Vaccination in Bombay 1924-1928 - 1924-1928
Year: 1924
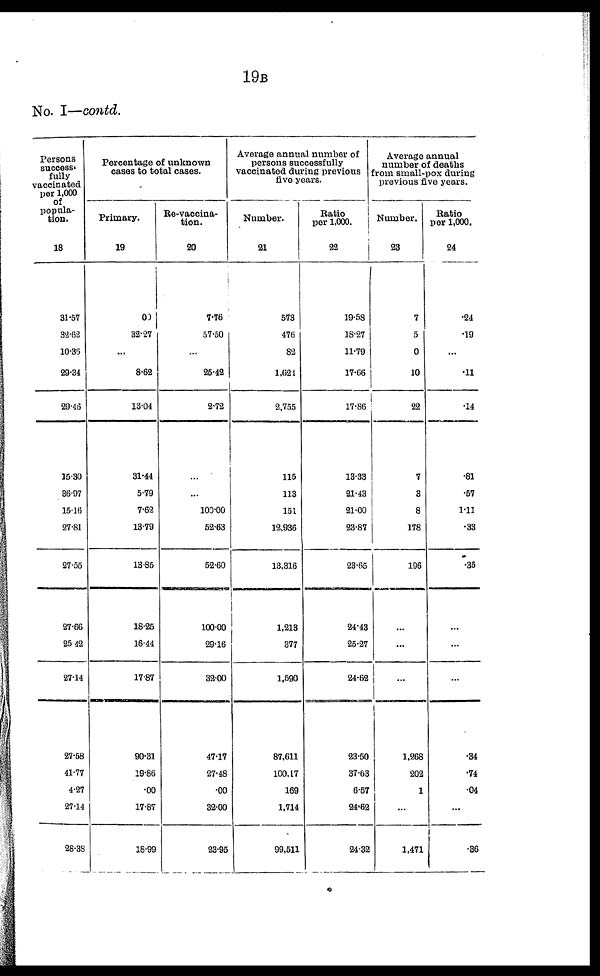
19B
No. I—contd.
Persons
success-
fully
vaccinated
per 1,000
of
popula-
tion.
18
31.57
32.62
10.36
29.34
29.46
15.30
36.97
15.16
27.81
27.55
27.66
25.42
27.14
27.58
41.77
4.27
27.14
28.38
Percentage of unknown
cases to total cases.
Primary.
19
00
32.27
...
8.62
13.04
31.44
5.79
7.62
13.79
13.85
18.25
16.44
17.87
90.31
19.86
.00
17.87
18.99
Re-vaccina-
tion.
20
7.76
57.50
...
25.42
2.72
...
...
100.00
52.63
52.60
100.00
29.16
32.00
47.17
27.48
.00
32.00
23.95
Average annual number of
persons successfully
vaccinated during previous
five years.
Number.
21
573
476
82
1,624
2,755
115
113
151
12,936
13,316
1,213
377
1,590
87,611
100,17
169
1,714
99,511
Ratio
per 1,000.
22
19.58
18.27
11.79
17.66
17.86
13.33
21.43
21.00
23.87
23.65
24.43
25.27
24.62
23.50
37.63
6.57
24.62
24.32
Average annual
number of deaths
from small-pox during
previous five years.
Number.
23
7
5
0
10
22
7
3
8
178
196
...
...
...
1,268
202
1
...
1,471
Ratio
per 1,000.
24
.24
.19
...
.11
.14
.81
.57
1.11
.33
.35
...
...
...
.34
.74
.04
...
.36